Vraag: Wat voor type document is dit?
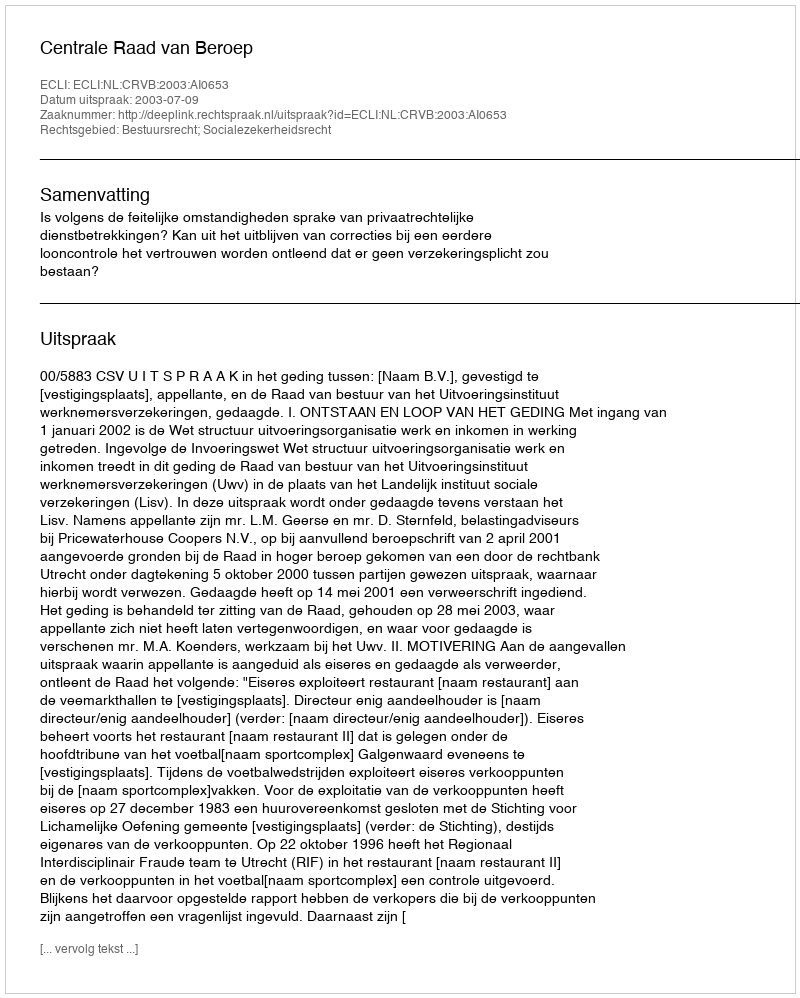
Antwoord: Uitspraak